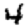
Digit: 4